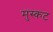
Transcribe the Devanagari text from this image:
मुस्कट